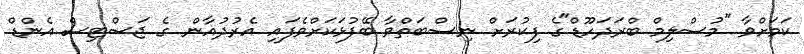
ކަމަށްވާ "މުސްލިމް ބްރަދަހޫޑް"ގެ ފިކުރަށް ނިސްބަތްވާ ބޭފުޅަކަށްވެފައި އެރުދުޣާން ގެ ޖަސްޓިސް އެންޑް